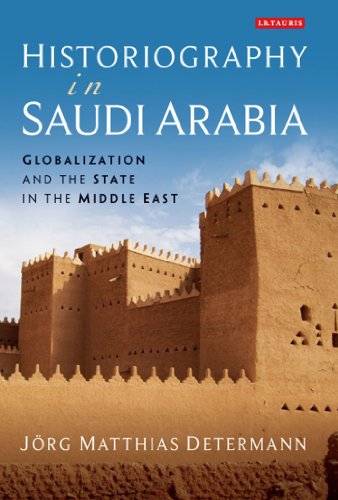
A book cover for Historiography in Saudi Arabia: Globalization and the State in the Middle East (Library of Middle East History); JÃ¶rg Determann; History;